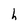
Character: h